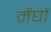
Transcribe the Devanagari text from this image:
मेंघों